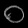
Digit: ၀